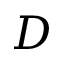
D